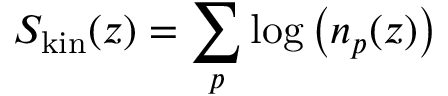
{ \cal S } _ { \mathrm { k i n } } ( z ) = \sum _ { p } \log \big ( n _ { p } ( z ) \big )